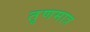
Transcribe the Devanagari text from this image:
तृणमात्र